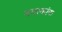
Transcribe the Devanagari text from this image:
वयस्कांना